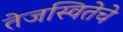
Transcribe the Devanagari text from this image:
तेजस्वितेचे